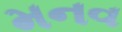
મનવ